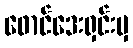
ဖောင်ဒေးရှင်းမှ